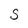
Character: S